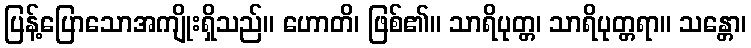
ပြန့်ပြောသောအကျိုးရှိသည်။ ဟောတိ၊ ဖြစ်၏။ သာရိပုတ္တ၊ သာရိပုတ္တရာ။ သန္တော၊